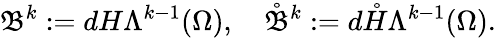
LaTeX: \mathfrak{B}^{k}:=dH\Lambda^{k-1}(\Omega),\quad\mathring{\mathfrak{B}}^{k}:=d\mathring{H}\Lambda^{k-1}(\Omega).